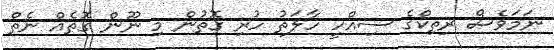
ނަމަވެސް ރިތިކްގެ ސިއްހީ ހާލަތު ހުރި ގޮތުން މި ނޫން ގޮތެއް ނެތް